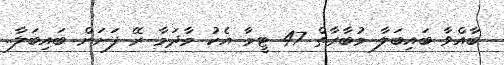
ބާއްވާ ބައިބަލާ މުބާރާތް 47 ޓީމާ އެކު މާދަމާ ރޭ ފަށަން ބައިބަލާ..